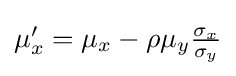
{\textstyle \mu '_{x}=\mu _{x}-\rho \mu _{y}{\frac {\sigma _{x}}{\sigma _{y}}}}